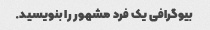
بیوگرافی یک فرد مشهور را بنویسید.